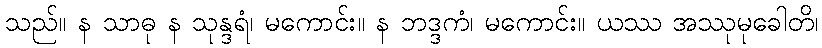
သည်။ န သာဓု န သုန္ဒရံ၊ မကောင်း။ န ဘဒ္ဒကံ၊ မကောင်း။ ယဿ အဿုမုခေါတိ၊